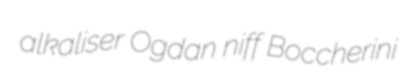
alkaliser Ogdan niff Boccherini